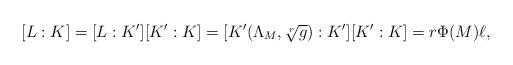
LaTeX: \begin{align*}[L:K] = [L : K'][K' : K] = [K'(\Lambda_M, \sqrt[r]{g}) : K'][K' : K] = r\Phi(M)\ell,\end{align*}